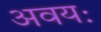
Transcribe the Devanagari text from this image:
अवयः